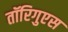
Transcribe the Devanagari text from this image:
तॉरिगुएस